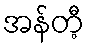
အန်တီ့